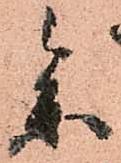
参